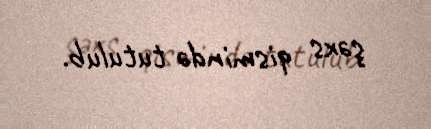
şəxs qismində tutulub.